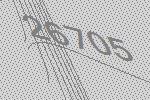
26705